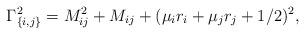
LaTeX: \begin{align*}\Gamma_{\{i,j\}}^2= M_{ij}^2+M_{ij}+(\mu_i r_i+\mu_j r_j+1/2)^2,\end{align*}